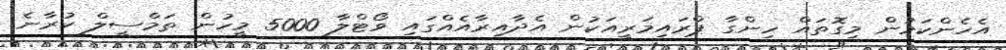
އެހެންކަމުން މިގޮތައް ހިންގާ ޕްރައިމަރީއަކުން އެދާއިރާއެއްގައި ވޯޓްލާ 5000 މީހުން ތަމްސީލް ކުރާނެ